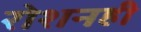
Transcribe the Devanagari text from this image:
रोशनही